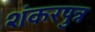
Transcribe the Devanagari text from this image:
शंकरपुत्र